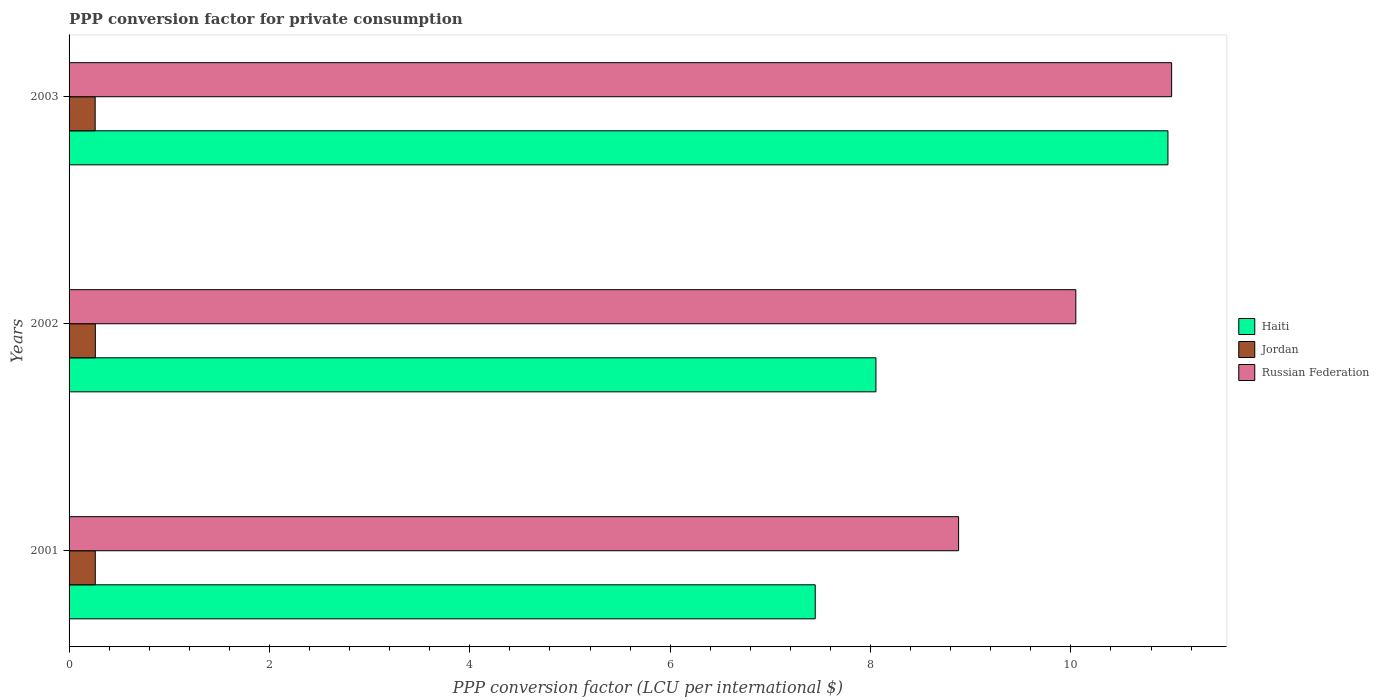
| Years | Haiti | Jordan | Russian Federation |
 | --- | --- | --- | --- |
 | 2001 | 7.45 | 0.261 | 8.88 |
 | 2002 | 8.05 | 0.262 | 10 |
 | 2003 | 11 | 0.26 | 11 |